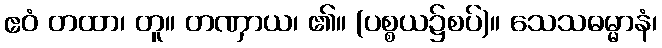
ဧဝံ တထာ၊ တူ။ တဏှာယ၊ ၏။ (ပစ္စယ၌စပ်)။ သေသဓမ္မာနံ၊